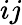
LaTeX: {ij}